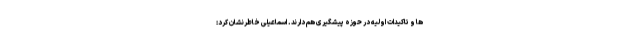
ها و تاکیدات اولیه در حوزه پیشگیری هم دارند. اسماعیلی خاطرنشان کرد: